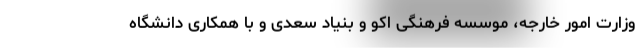
وزارت امور خارجه، موسسه فرهنگی اکو و بنیاد سعدی و با همکاری دانشگاه